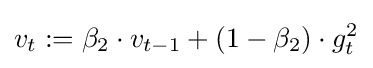
v_{t}:=\beta _{2}\cdot v_{t-1}+(1-\beta _{2})\cdot g_{t}^{2}